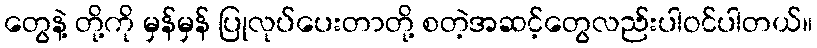
တွေနဲ့ တို့ကို မှန်မှန် ပြုလုပ်ပေးတာတို့ စတဲ့အဆင့်တွေလည်းပါဝင်ပါတယ်။